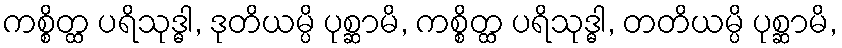
ကစ္စိတ္ထ ပရိသုဒ္ဓါ, ဒုတိယမ္ပိ ပုစ္ဆာမိ, ကစ္စိတ္ထ ပရိသုဒ္ဓါ, တတိယမ္ပိ ပုစ္ဆာမိ,